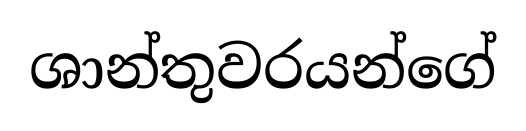
ශාන්තුවරයන්ගේ